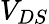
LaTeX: V_{DS}